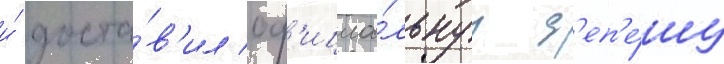
и́ доста́в'ил оф'ициа́льнуу д'еп'е́шу